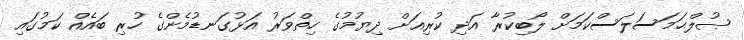
ޞުލްޙަމަސަލަސްކަމަށް ލޯބިކުރާ އަދި ކުރިއަށް ދިޔުމުގެ ހިތްވަރު އަޅުގަނޑުމެންގެ ހުރި ބައެއް ކަމުގައި